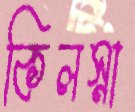
কিলস্না